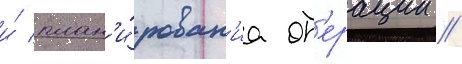
и́ план'и́рован'иа оп'ерации //